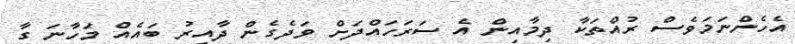
އެހެންނަމަވެސް ރުއްތަކާ ދިމާއިން އެ ސަރަހައްދަށް ވަދެގެން ދާއިރު ބައެއް މަހާނަ ގާ